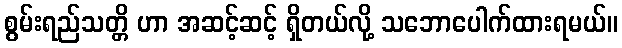
စွမ်းရည်သတ္တိ ဟာ အဆင့်ဆင့် ရှိတယ်လို့ သဘောပေါက်ထားရမယ်။